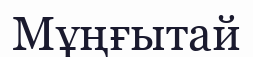
Мұңғытай